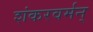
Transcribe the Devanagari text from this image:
शंकरवर्मन्